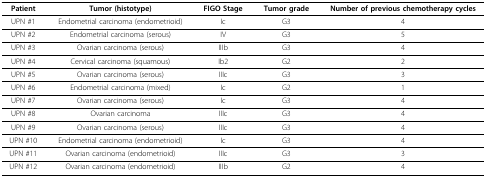
| Patient | Tumor (histotype) | FIGO Stage | Tumor grade | Number of previous chemotherapy cycles |
 | --- | --- | --- | --- | --- |
 | UPN #1 | Endometrial carcinoma (endometrioid) | Ic | G3 | 4 |
 | UPN #2 | Endometrial carcinoma (serous) | IV | G3 | 5 |
 | UPN #3 | Ovarian carcinoma (serous) | IIIb | G3 | 4 |
 | UPN #4 | Cervical carcinoma (squamous) | Ib2 | G2 | 2 |
 | UPN #5 | Ovarian carcinoma (serous) | IIIc | G3 | 3 |
 | UPN #6 | Endometrial carcinoma (mixed) | Ic | G2 | 1 |
 | UPN #7 | Ovarian carcinoma (serous) | Ic | G3 | 4 |
 | UPN #8 | Ovarian carcinoma | IIIc | G3 | 4 |
 | UPN #9 | Ovarian carcinoma (serous) | IIIc | G3 | 4 |
 | UPN #10 | Endometrial carcinoma (endometrioid) | Ic | G3 | 4 |
 | UPN #11 | Ovarian carcinoma (endometrioid) | IIIc | G3 | 3 |
 | UPN #12 | Ovarian carcinoma (endometrioid) | IIIb | G2 | 4 |